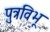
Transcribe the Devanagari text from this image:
पुत्रविभू